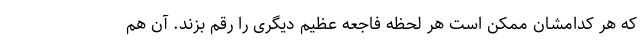
که هر کدامشان ممکن است هر لحظه فاجعه عظیم دیگری را رقم بزند. آن هم